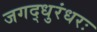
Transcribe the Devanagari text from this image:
जगद्धुरंधरः